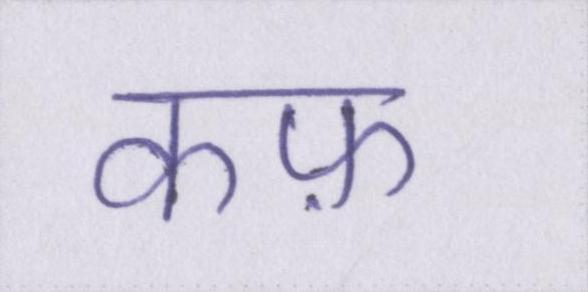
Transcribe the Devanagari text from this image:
कफ़